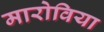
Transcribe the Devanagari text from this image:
मारोविया